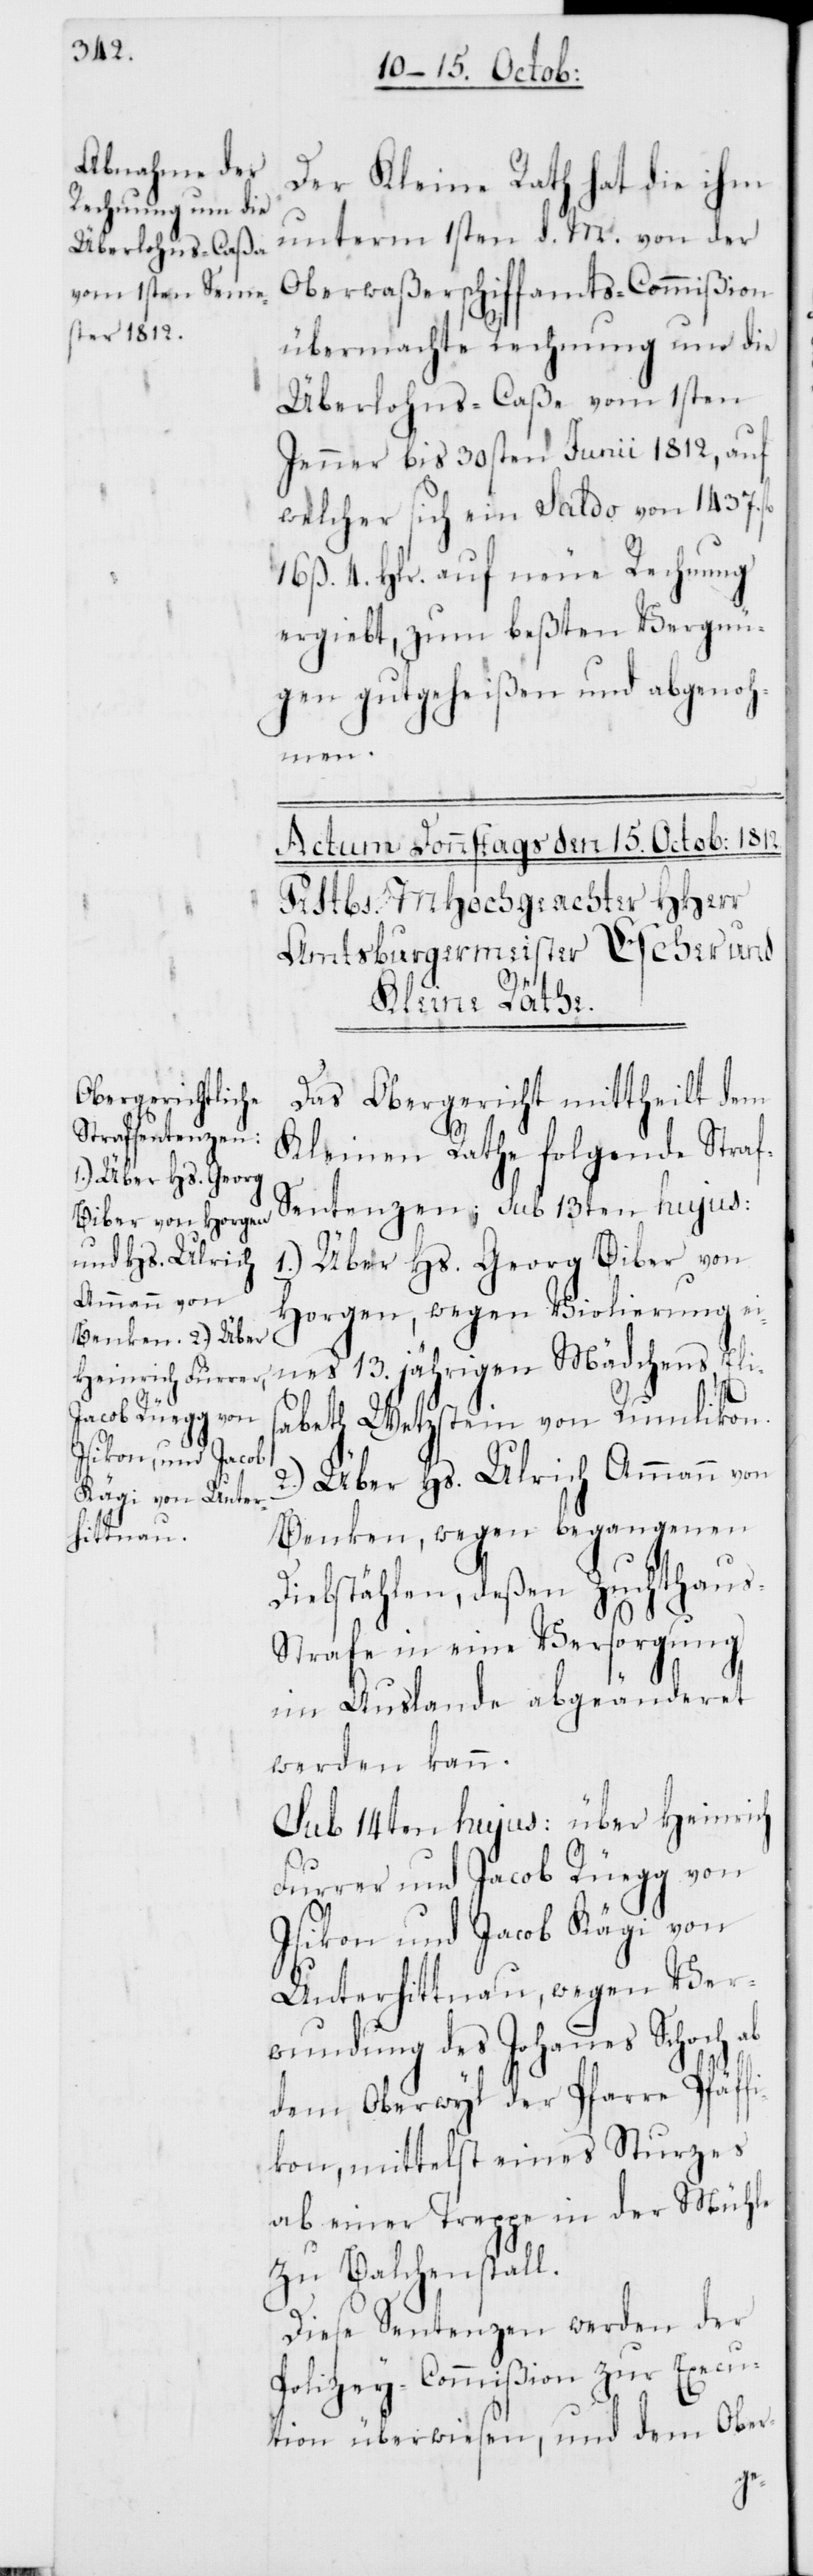
Der Kleine Rath hat die ihm
unterm 1sten d. M. von der
Oberwaßerschiffamts-Commißion
übermachte Rechnung um die
Überlohns-Caße vom 1sten
Jenner bis 30sten Juni 1812, auf
welcher sich ein Saldo von 1437.
16 ß. 4. Hlr. auf neue Rechnung
ergiebt, zum beßten Vergnü¬
gen gutgeheißen und abgenoh¬
men.
Das Obergericht mittheilt dem
Kleinen Rathe folgende Stra¬
f-Sentenzen sub 13ten hujus:
1.) Über Hs. Georg Biber von
Horgen, wegen Violierung ei¬
nes 13. jährigen Mädchens, El¬
sabeth Wetzstein von Rumlikon.
2.) Über Hs. Ulrich Ammann von
Benken, wegen begangenen
Diebstählen, deßen Zuchthaus-S¬
trafe in eine Versorgung
im Auslande abgeänderet
werden kann.
Sub 14ten hujus: über Heinrich
Furrer und Jacob Rüegg von
Isikon und Jacob Kägi von
Unterhittnau, wegen Ver¬
wundung des Johannes Schoch ab
dem Oberwyl der Pfarre Pfäff¬
ikon, mittelst eines Sturzes
ab einer Treppe in der Mühle
zu Balchenstall.
Diese Sentenzen werden der
Polizey-Commißion zur Execu¬
tion überwiesen, und dem Ober-
i¬